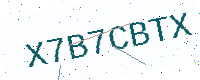
Text: X7B7CBTX